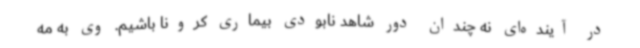
در آینده‌ای نه چندان دور شاهد نابودی بیماری کرونا باشیم. وی به مه